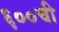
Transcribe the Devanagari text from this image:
६००ची